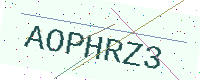
Text: AOPHRZ3